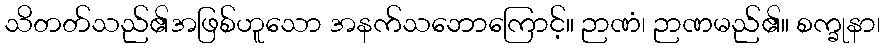
သိတတ်သည်၏အဖြစ်ဟူသော အနက်သဘောကြောင့်။ ဉာဏံ၊ ဉာဏမည်၏။ စက္ခုနာ၊